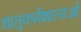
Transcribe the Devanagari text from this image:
धातुकर्मशालाओं